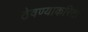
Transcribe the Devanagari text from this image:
ठेवण्याकरितां